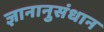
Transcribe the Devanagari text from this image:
ज्ञानानुसंधान